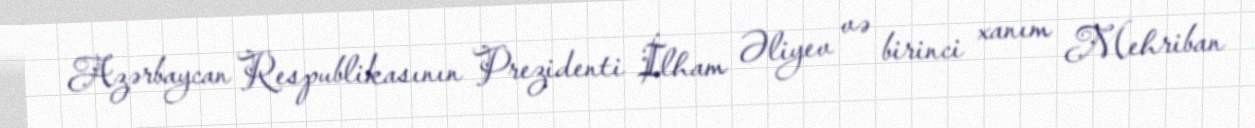
Azərbaycan Respublikasının Prezidenti İlham Əliyev və birinci xanım Mehriban